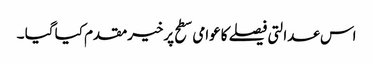
اس عدالتی فیصلے کاعوامی سطح پرخیرمقدم کیا گیا ۔